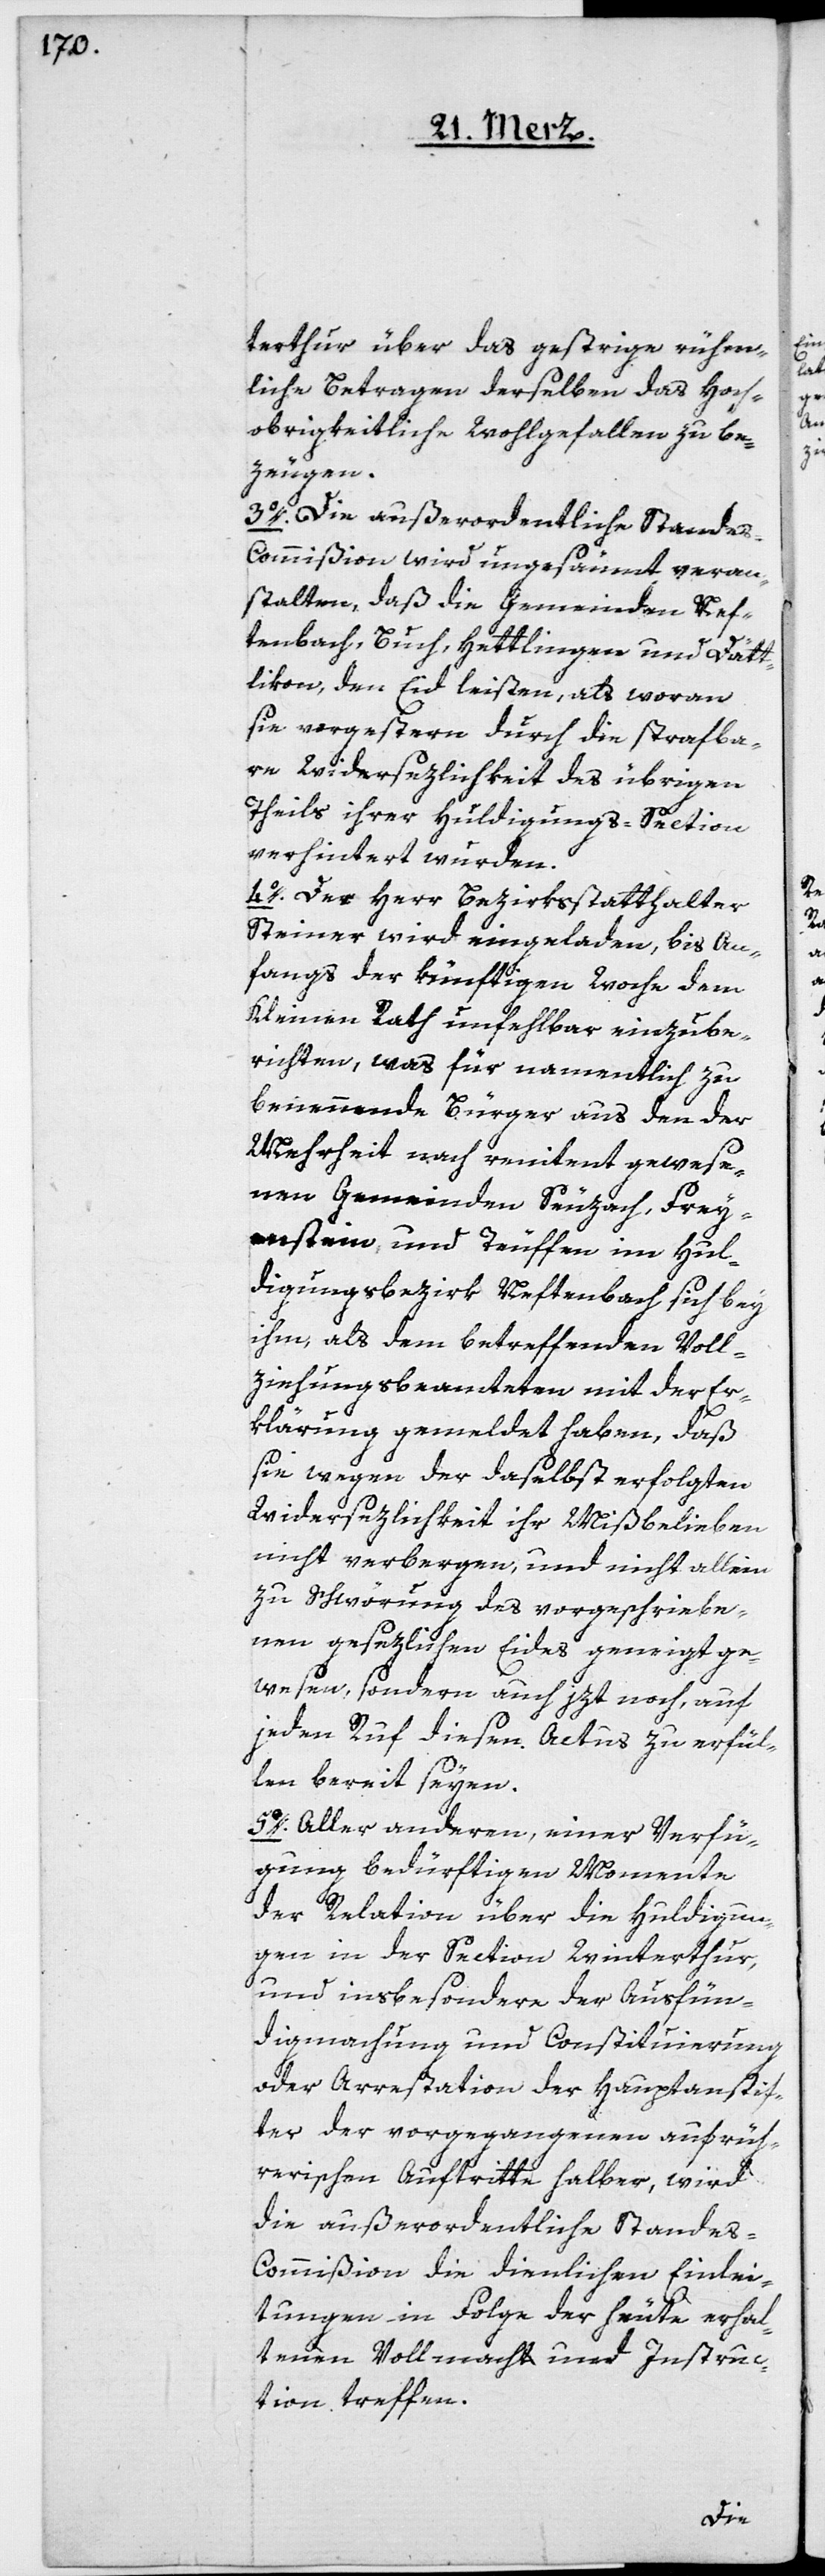
terthur über das gestrige rühm¬
liche Betragen derselben das Hoch¬
obrigkeitliche Wohlgefallen zu be¬
zeugen.
3o. Die außerordentliche Stande¬
s-Commißion wird ungesäumt veran¬
stalten, daß die Gemeinden Nef¬
tenbach, Buch, Hettlingen und Dätt¬
likon den Eid leisten, als woran
sie vorgestern durch die strafba¬
re Widersezlichkeit des übrigen
Theils ihrer Huldigungs-Section
verhindert wurden.
4o. Der Herr Bezirksstatthalter
Steiner wird eingeladen, bis An¬
fangs der künftigen Woche dem
richten, was für namentlich zu
benennende Bürger aus den der
Mehrheit nach renitent gewese¬
nen Gemeinden Seuzach, Frey¬
enstein und Teuffen im Hul¬
digungsbezirk Neftenbach sich bey
ihm, als dem betreffenden Voll¬
ziehungsbeamteten mit der Er¬
klärung gemeldet haben, daß
sie wegen der daselbst erfolgten
Widersezlichkeit ihr Mißbelieben
nicht verbergen, und nicht allein
zu Schwörung des vorgeschriebe¬
nen gesetzlichen Eides geneigt ge¬
wesen, sondern auch jezt noch, auf
jeden Ruf diesen Actus zu erfül¬
len bereit seyen.
5o. Aller anderen, einer Verfü¬
gung bedürftigen Momente
der Relation über die Huldigun¬
gen in der Section Winterthur,
und insbesondere der Ausfün¬
digmachung und Constituierung
oder Arrestation der Hauptanstif¬
ter der vorgegangenen aufrüh¬
rerischen Auftritte halber, wird
die außerordentliche Stande¬
s-Commißion die dienlichen Einlei¬
tungen in Folge der heute erhal¬
tenen Vollmacht und Instruc¬
tion treffen.
einzube¬